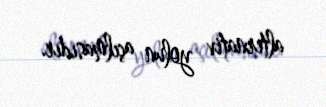
alternativ yolun açılmasıdır.